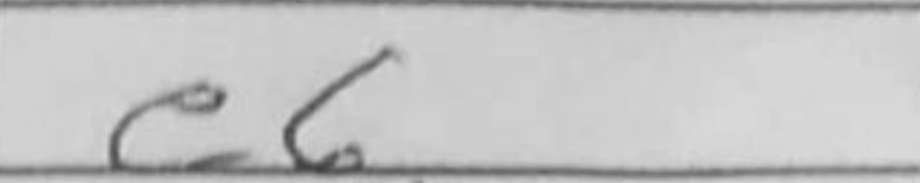
Transcription: e6